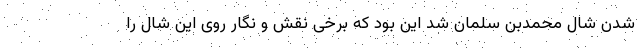
شدن شال محمدبن سلمان شد این بود که برخی نقش و نگار روی این شال را